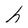
Character: h